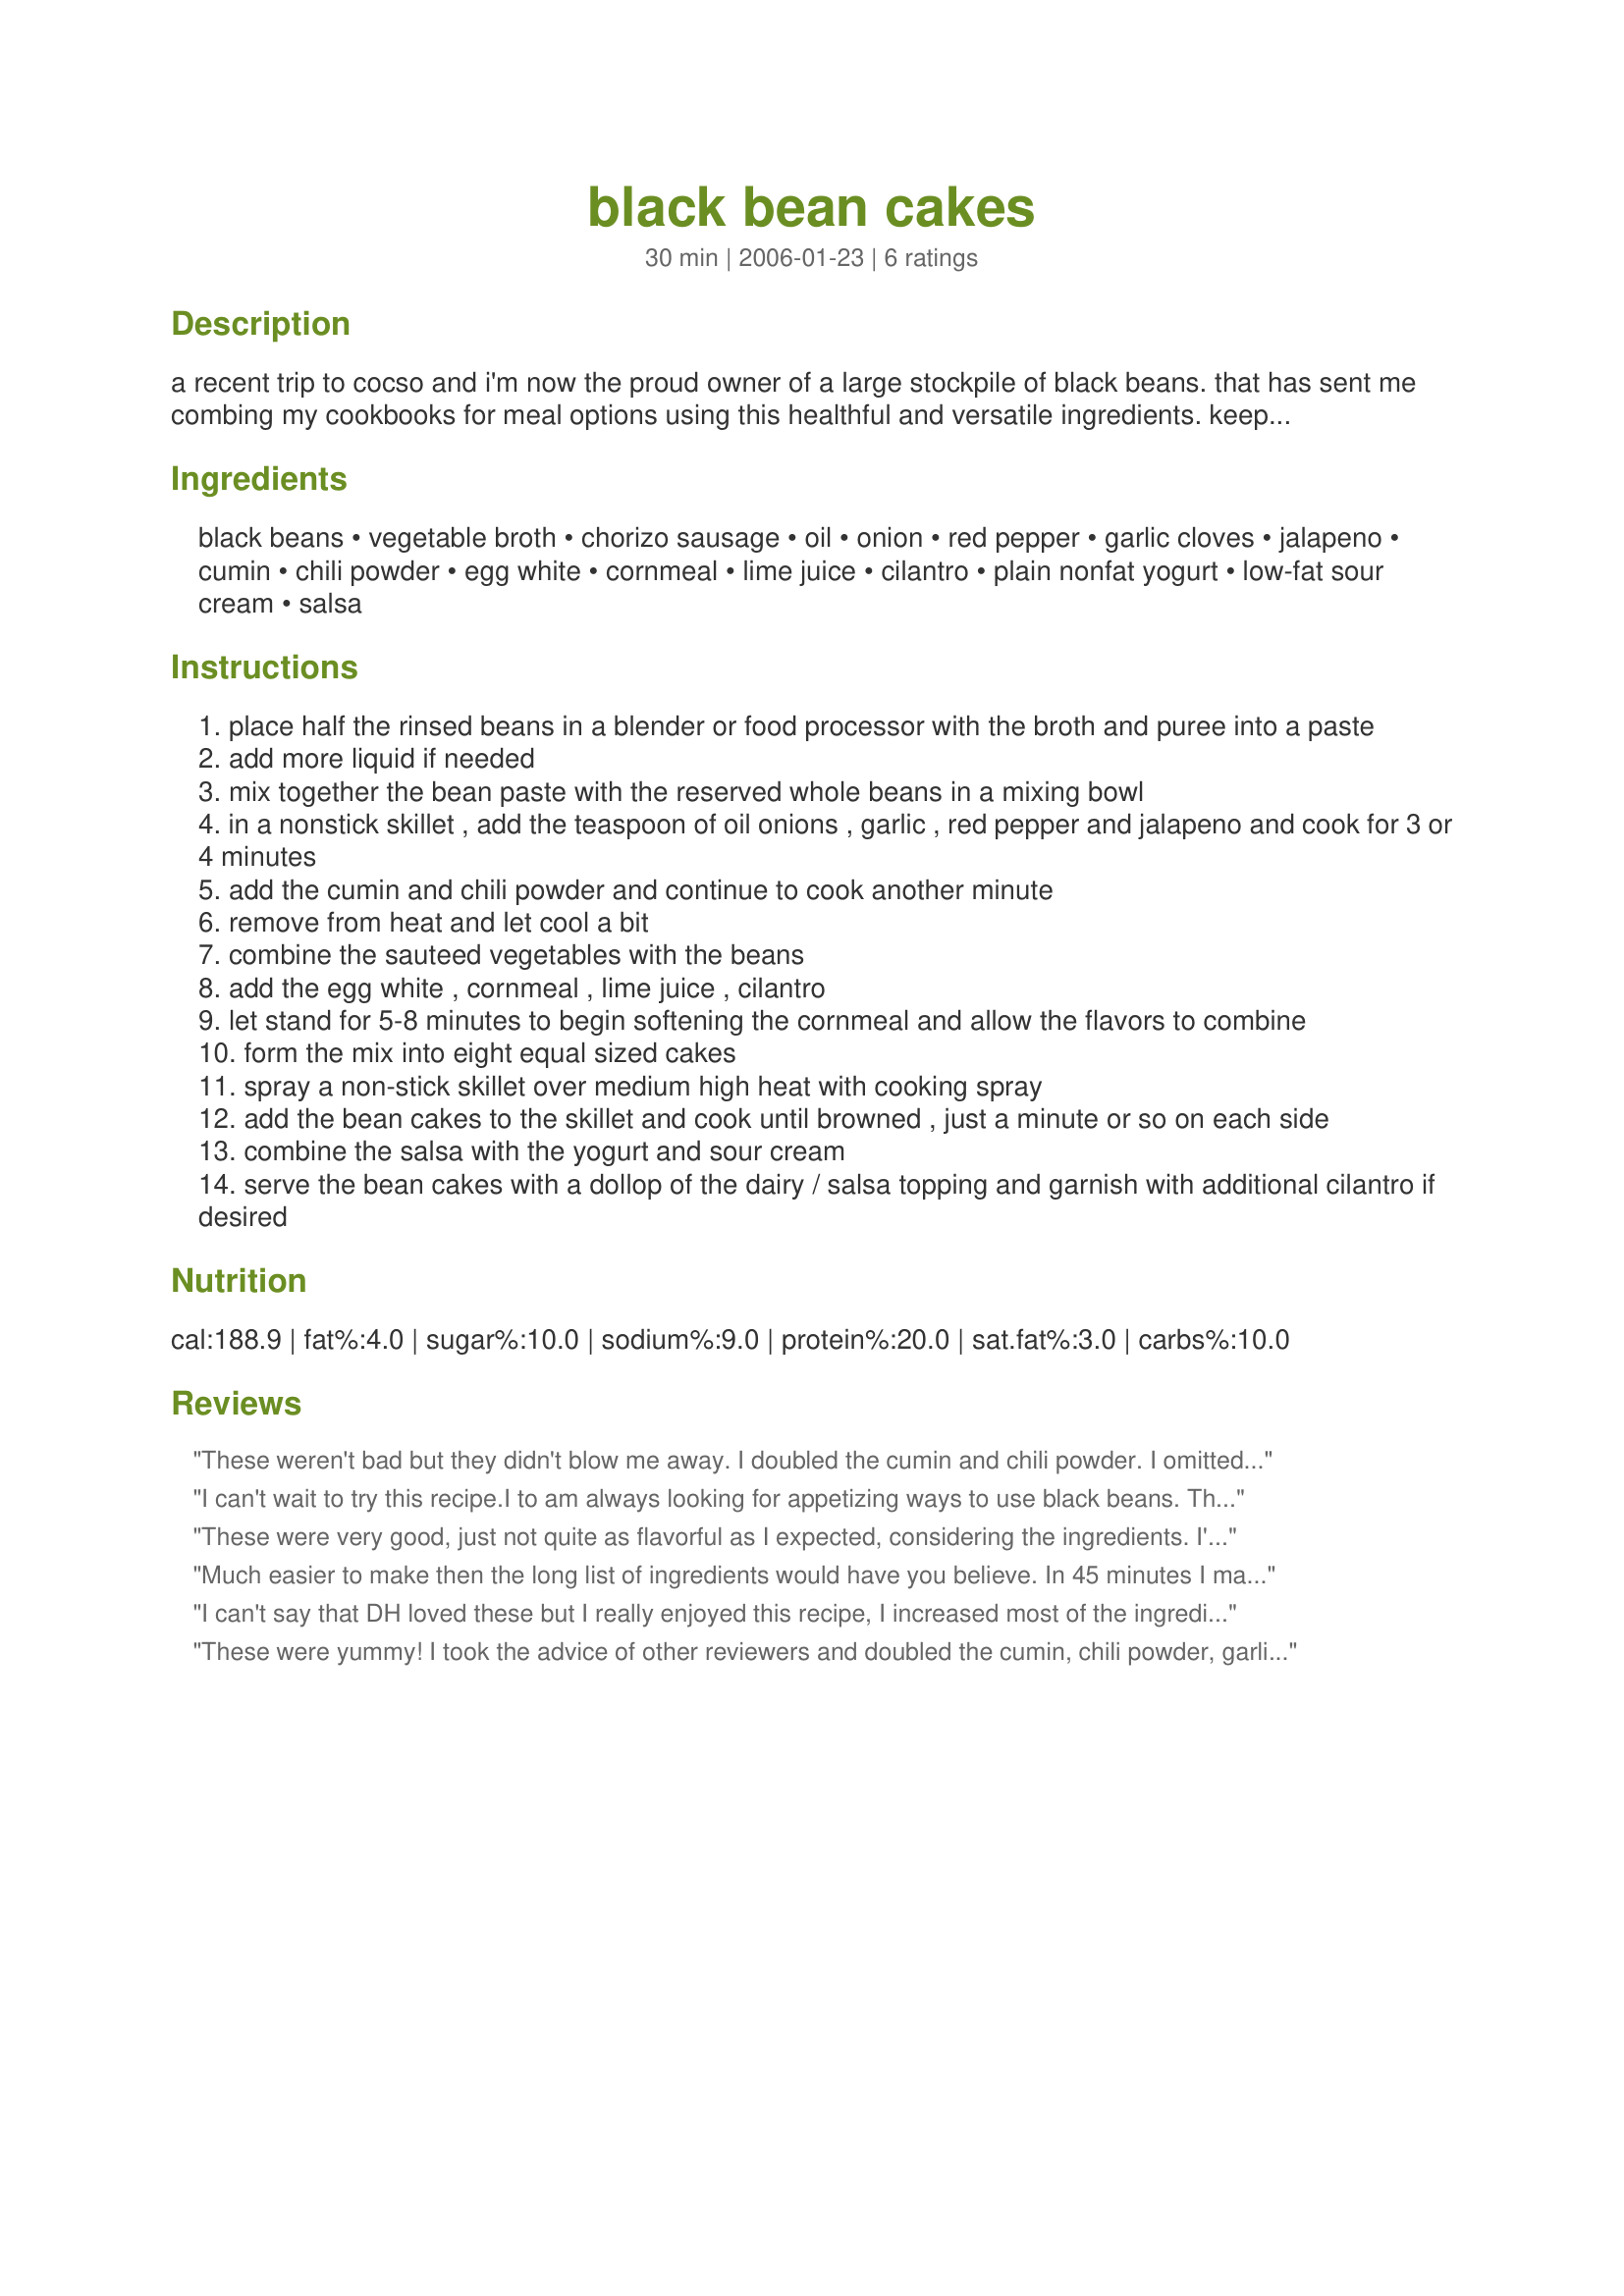
black bean cakes
Preparation time: 30 minutes

a recent trip to cocso and i'm now the proud owner of a large stockpile of black beans. that has sent me combing my cookbooks for meal options using this healthful and versatile ingredients. keeping what i find here for quick and easy access until i have a chance to try them. the original recipe for these delectable cakes included a tablespoon of chorizo, though i intend to make them vegetarian. these can also easily be made vegan with the use of a little soy yogurt. serve these as a substantial appetizer or along with a lovely green salad as a light meal or lunch. with the chorizo, these are 3 points per serving. the recipe can easily be modified to be core. the cakes also freeze well for reheating later.

Ingredients:
black beans, vegetable broth, chorizo sausage, oil, onion, red pepper, garlic cloves, jalapeno, cumin, chili powder, egg white, cornmeal, lime juice, cilantro, plain nonfat yogurt, low-fat sour cream, salsa

Steps:
place half the rinsed beans in a blender or food processor with the broth and puree into a paste
add more liquid if needed
mix together the bean paste with the reserved whole beans in a mixing bowl
in a nonstick skillet , add the teaspoon of oil onions , garlic , red pepper and jalapeno and cook for 3 or 4 minutes
add the cumin and chili powder and continue to cook another minute
remove from heat and let cool a bit
combine the sauteed vegetables with the beans
add the egg white , cornmeal , lime juice , cilantro
let stand for 5-8 minutes to begin softening the cornmeal and allow the flavors to combine
form the mix into eight equal sized cakes
spray a non-stick skillet over medium high heat with cooking spray
add the bean cakes to the skillet and cook until browned , just a minute or so on each side
combine the salsa with the yogurt and sour cream
serve the bean cakes with a dollop of the dairy / salsa topping and garnish with additional cilantro if desired

Reviews:
These weren't bad but they didn't blow me away. I doubled the cumin and chili powder. I omitted the jalapeno all together because I don't like a lot of heat. I added half of a green bell pepper for some more color. They didn't have a ton of flavor but it's a good starting point for a recipe. I'll be making them again for sure with a few changes. I liked the texture a lot.
I can't wait to try this recipe.I to am always looking for appetizing ways to use black beans. This recipe contains all the ingredients we love and always have on hand.
These were very good, just not quite as flavorful as I expected, considering the ingredients. I'll make them again, but I think I'll double the cumin, chili powder, and garlic next time (I like big flavors!). I made them as a side dish, skipped the chorizo, and topped them with sour cream and salsa verde. Yum!
Much easier to make then the long list of ingredients would have you believe. In 45 minutes I made these, made Spanish rice, and baked homemade corn chips for a healthy latin inspired meal. These held together very well and would be a good Mexican style burger. The only problem I had was figuring out appropriate size. I only got 7 out of them. Omitted the chorizo and used cooking spray. Easy to make with what I normally have on hand. Thanks toni!
I can't say that DH loved these but I really enjoyed this recipe, I increased most of the ingredients and used dryed pepperoni in place of the chorizo, I chilled the mixture for a couple of hours before shaping, thanks Toni!...Kitten:)
These were yummy! I took the advice of other reviewers and doubled the cumin, chili powder, garlic, and used a whole jalapeno (seeded). They were nice and spicy. I couldn't taste the chorizo, so I would leave it out next time (or add much more). Tried them as burgers (it made 4) with avocado and red pepper. I am not sure if I would recommend the large size though, they were hard to flip, and fell apart a bit. I did cook them at least 3 minutes per side to make sure the egg was cooked through. Took me close to an hour from start to finish. Great flavor. Thanks, toni!
